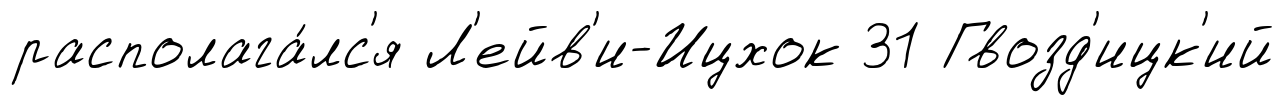
располага́лс'я Л'ейв'и-Ицхок 31 Гвозд'ицк'ий